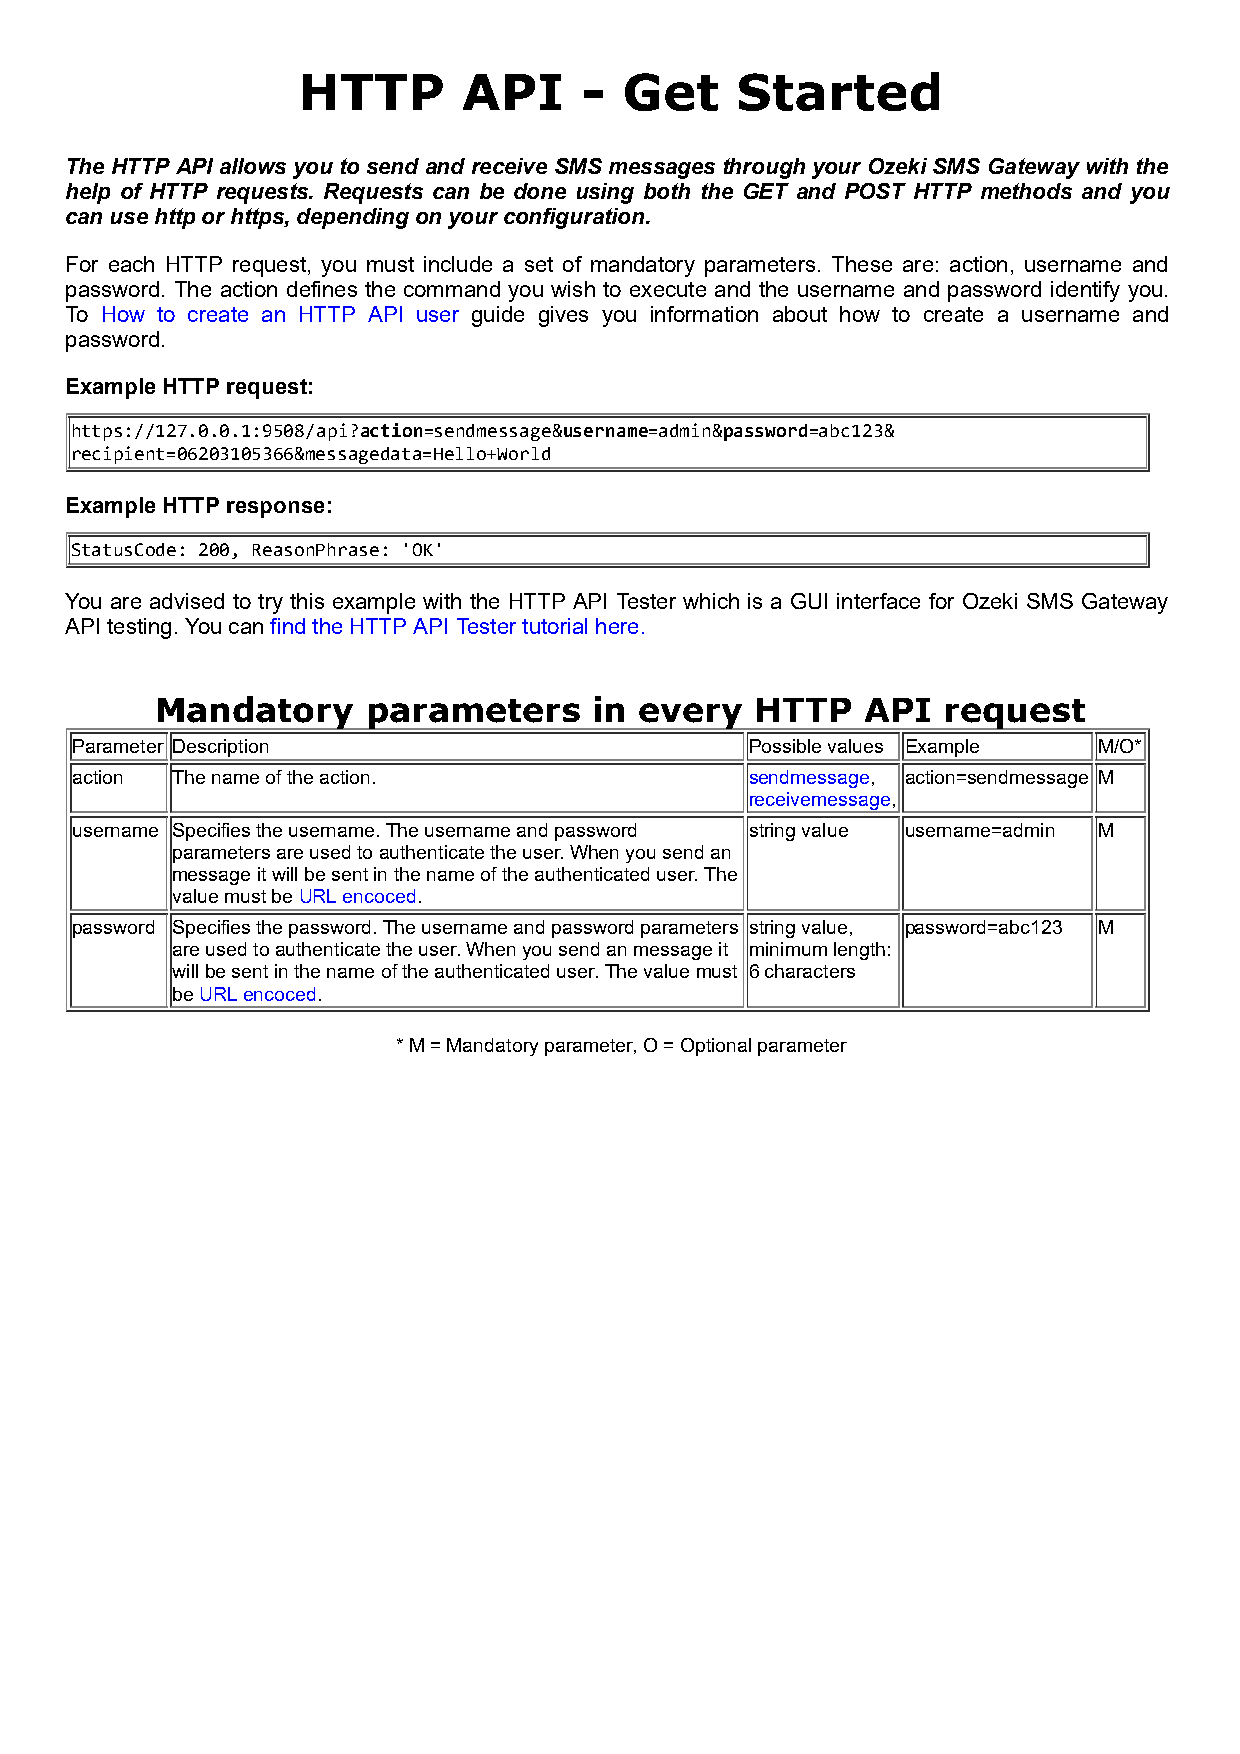
HTTP       API     - Get     Started
 The HTTP API allows you to send and receive SMS messages through your Ozeki SMS Gateway with the
 help of HTTP requests. Requests can be done using both the GET and POST HTTP methods and you
 can use http or https, depending on your configuration.
 For each HTTP request, you must include a set of mandatory parameters. These are: action, username and
 password. The action defines the command you wish to execute and the username and password identify you.
 To How to create an HTTP API user guide gives you information about how to create a username and
 password.
 Example HTTP request:
 https://127.0.0.1:9508/api?action=sendmessage&username=admin&password=abc123&
 recipient=06203105366&messagedata=Hello+World
 Example HTTP response:
 StatusCode: 200, ReasonPhrase: 'OK'
 You are advised to try this example with the HTTP API Tester which is a GUI interface for Ozeki SMS Gateway
 API testing. You can find the HTTP API Tester tutorial here.
 Mandatory     parameters     in every   HTTP   API  request
 Parameter Description                        Possible values Example M/O*
 action The name of the action.               sendmessage, action=sendmessage M
 receivemessage,
 username Specifies the username. The username and password string value username=admin M
 parameters are used to authenticate the user. When you send an
 message it will be sent in the name of the authenticated user. The
 value must be URL encoced.
 password Specifies the password. The username and password parameters string value, password=abc123 M
 are used to authenticate the user. When you send an message it minimum length:
 will be sent in the name of the authenticated user. The value must 6 characters
 be URL encoced.
 * M = Mandatory parameter, O = Optional parameter